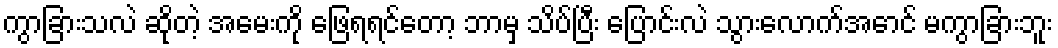
ကွာခြားသလဲ ဆိုတဲ့ အမေးကို ဖြေရရင်တော့ ဘာမှ သိပ်ပြီး ပြောင်းလဲ သွားလောက်အောင် မကွာခြားဘူး